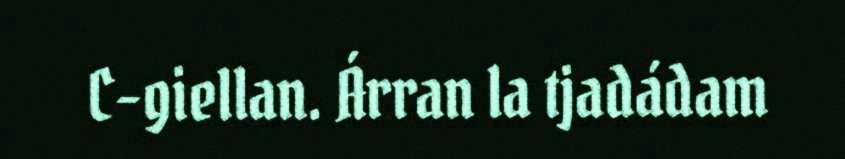
C-giellan. Árran la tjadádam